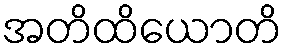
အတိထိယောတိ